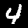
Digit: 4